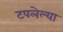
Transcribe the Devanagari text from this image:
टपलेल्या